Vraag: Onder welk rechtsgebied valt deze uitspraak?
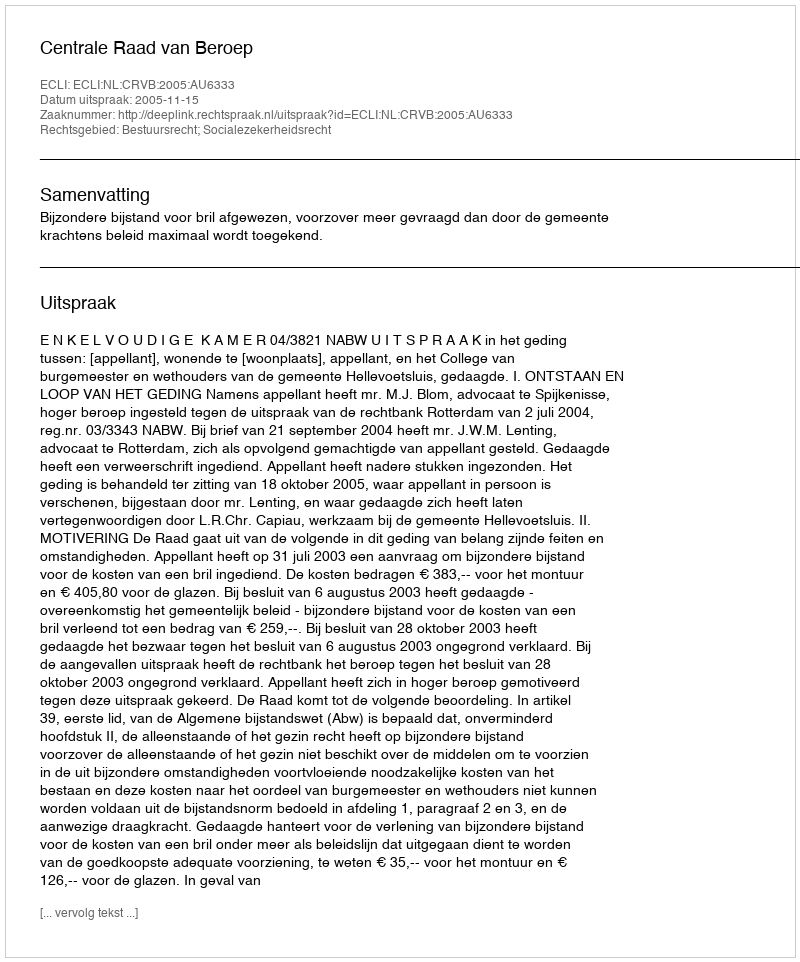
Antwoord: Bestuursrecht; Socialezekerheidsrecht